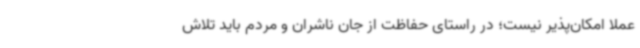
عملا امکان‌پذیر نیست؛ در راستای حفاظت از جان ناشران و مردم باید تلاش